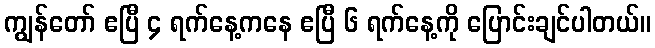
ကျွန်တော် ဧပြီ ၄ ရက်နေ့ကနေ ဧပြီ ၆ ရက်နေ့ကို ပြောင်းချင်ပါတယ်။